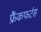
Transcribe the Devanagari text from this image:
फ्रैंकफर्टस